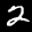
Digit: 2